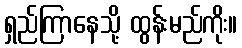
ရှည်ကြာနေသို့ ထွန်းမည်ကိုး။